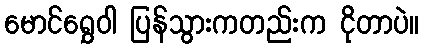
မောင်ရွှေဝါ ပြန်သွားကတည်းက ငိုတာပဲ။